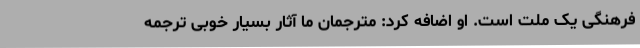
فرهنگی یک ملت است. او اضافه کرد: مترجمان ما آثار بسیار خوبی ترجمه